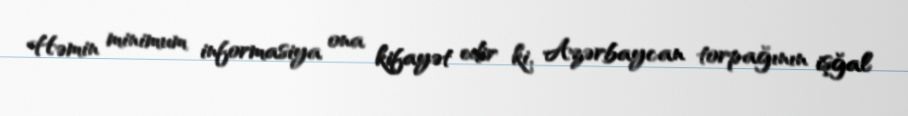
Həmin minimum informasiya ona kifayət edir ki, Azərbaycan torpağının işğal